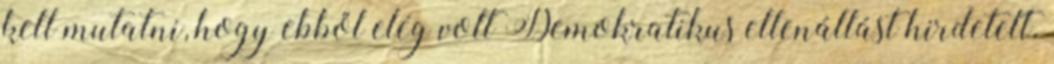
kell mutatni, hogy ebből elég volt Demokratikus ellenállást hirdetett.